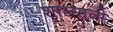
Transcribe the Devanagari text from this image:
शाल्माली